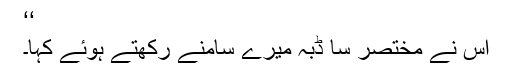
‘‘
اس نے مختصر سا ڈبہ میرے سامنے رکھتے ہوئے کہا۔